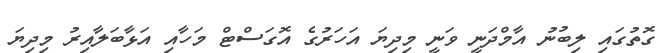
ގޮތުގައި ލިބުނު އާމްދަނީ ވަނީ މިދިޔަ އަހަރުގެ އޮގަސްޓް މަހާއި އަޅާބަލާއިރު މިދިޔަ